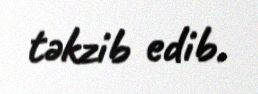
təkzib edib.